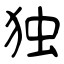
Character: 独